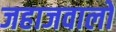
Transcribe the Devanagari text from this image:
जहाजवालों